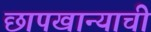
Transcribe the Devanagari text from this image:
छापखान्याची